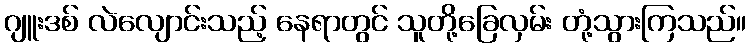
ဂျူးဒစ် လဲလျောင်းသည့် နေရာတွင် သူတို့ခြေလှမ်း တုံ့သွားကြသည်။